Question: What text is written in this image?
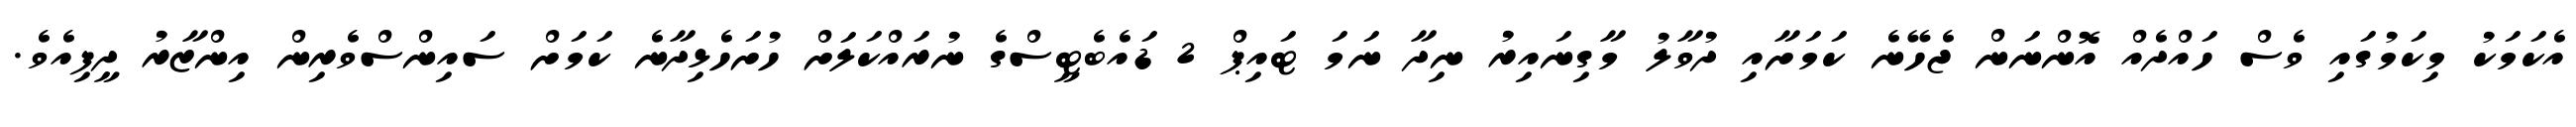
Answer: އެކަމަކު މިކަމުގައި ވެސް ހައްދެއް އޮންނަން ޖެހޭނެ ކަމަށާއި ދުވާލު މާގިނައިރު ނިދާ ނަމަ ޓައިޕް 2 ޑައެބެޓީސްގެ ނުރައްކަލަށް ހުށަހެޅިދާނެ ކަމަށް ސައިންސްވެރިން އިންޒާރު ދީފިއެވެ.